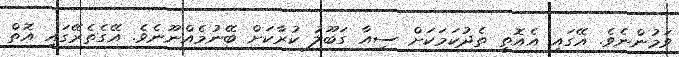
ވަމުންނެވެ. އޭގައި އެއޮތީ ތެދުކަމަކަށް ސިއާ ގަބޫލު ކުރާކަށް ބޭނުމެއްނޫނެވެ. އޭގެތެރޭގައި އޮތް